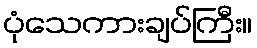
ပုံသေကားချပ်ကြီး။